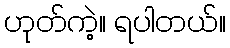
ဟုတ်ကဲ့။ ရပါတယ်။